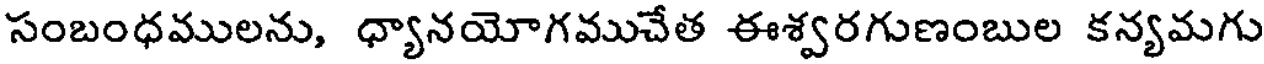
సంబంధములను, ధ్యానయోగముచేత ఈశ్వరగుణంబుల కన్యమగు